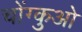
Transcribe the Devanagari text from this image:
चोंग्कुओ